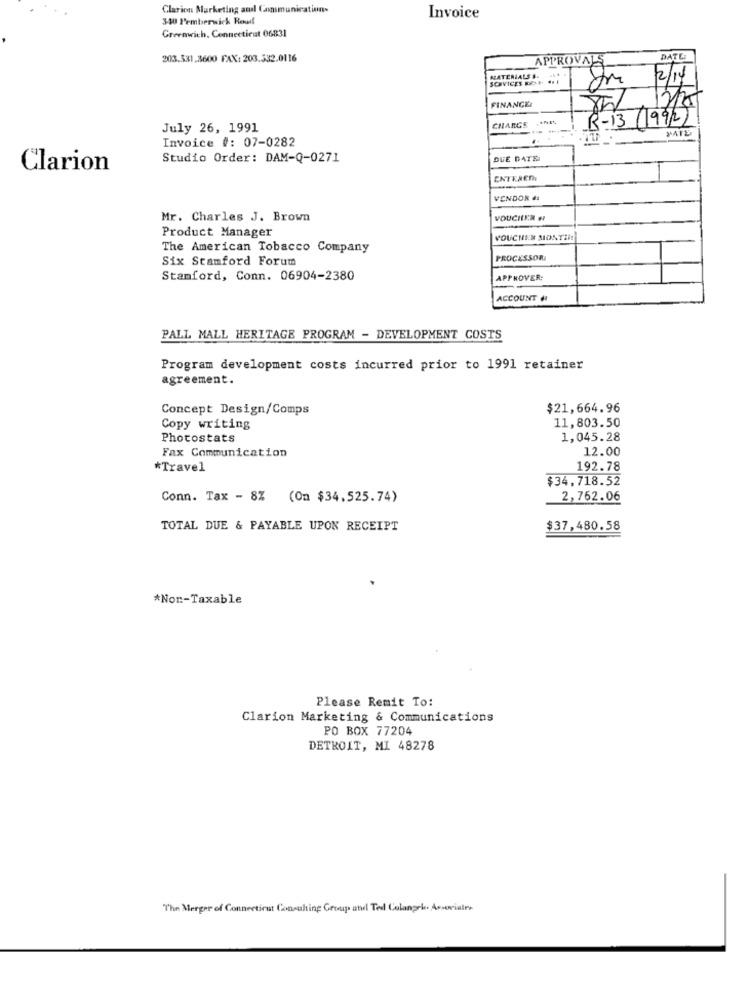
Clarion Marketing and Communications
340 Pemberwick Reul
Invoice
Greenwich. Connecticut 06831
203.531.3600 FAX: 203.332.0116
APPROVALS
DATE
MATERIALS &-
SERVICES BASE. .. 1
12/14
FINANCE
8h
CHARGE
R-13 99/2)
July 26, 1991
Invoice #: 07-0282
Studio Order: DAM-Q-0271
DUE DATE
Clarion
ENTERED
-
VENDOR #:
Mr. Charles J. Brown
VOUCHER #
Product Manager
VOUCHER MONTI
The American Tobacco Company
Six Stamford Forum
PROCESSORI
Stamford, Conn. 06904-2380
APPROVER:
ACCOUNT #
PALL MALL HERITAGE PROGRAM - DEVELOPMENT COSTS
Program development costs incurred prior to 1991 retainer
agreement.
Concept Design/Comps
$21,664.96
11,803.50
Copy writing
Photostats
1,045.28
12.00
Fax Communication
*Travel
192.78
$34,718.52
Conn. Tax - 8% (On $34.525.74)
2,762.06
TOTAL DUE & PAYABLE UPON RECEIPT
$37,480.58
*Non-Taxable
Please Remit To:
Clarion Marketing & Communications
PO BOX 77204
DETROIT, MI 48278
The Merger of Connecticut Consulting Group and Ted Colangeh. Associales